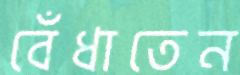
বেঁধাতেন